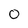
Character: 0